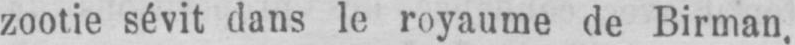
zootie sévit dans le royaume de Birman,